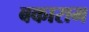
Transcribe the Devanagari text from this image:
बकाराम